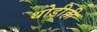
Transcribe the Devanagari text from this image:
थोडीही